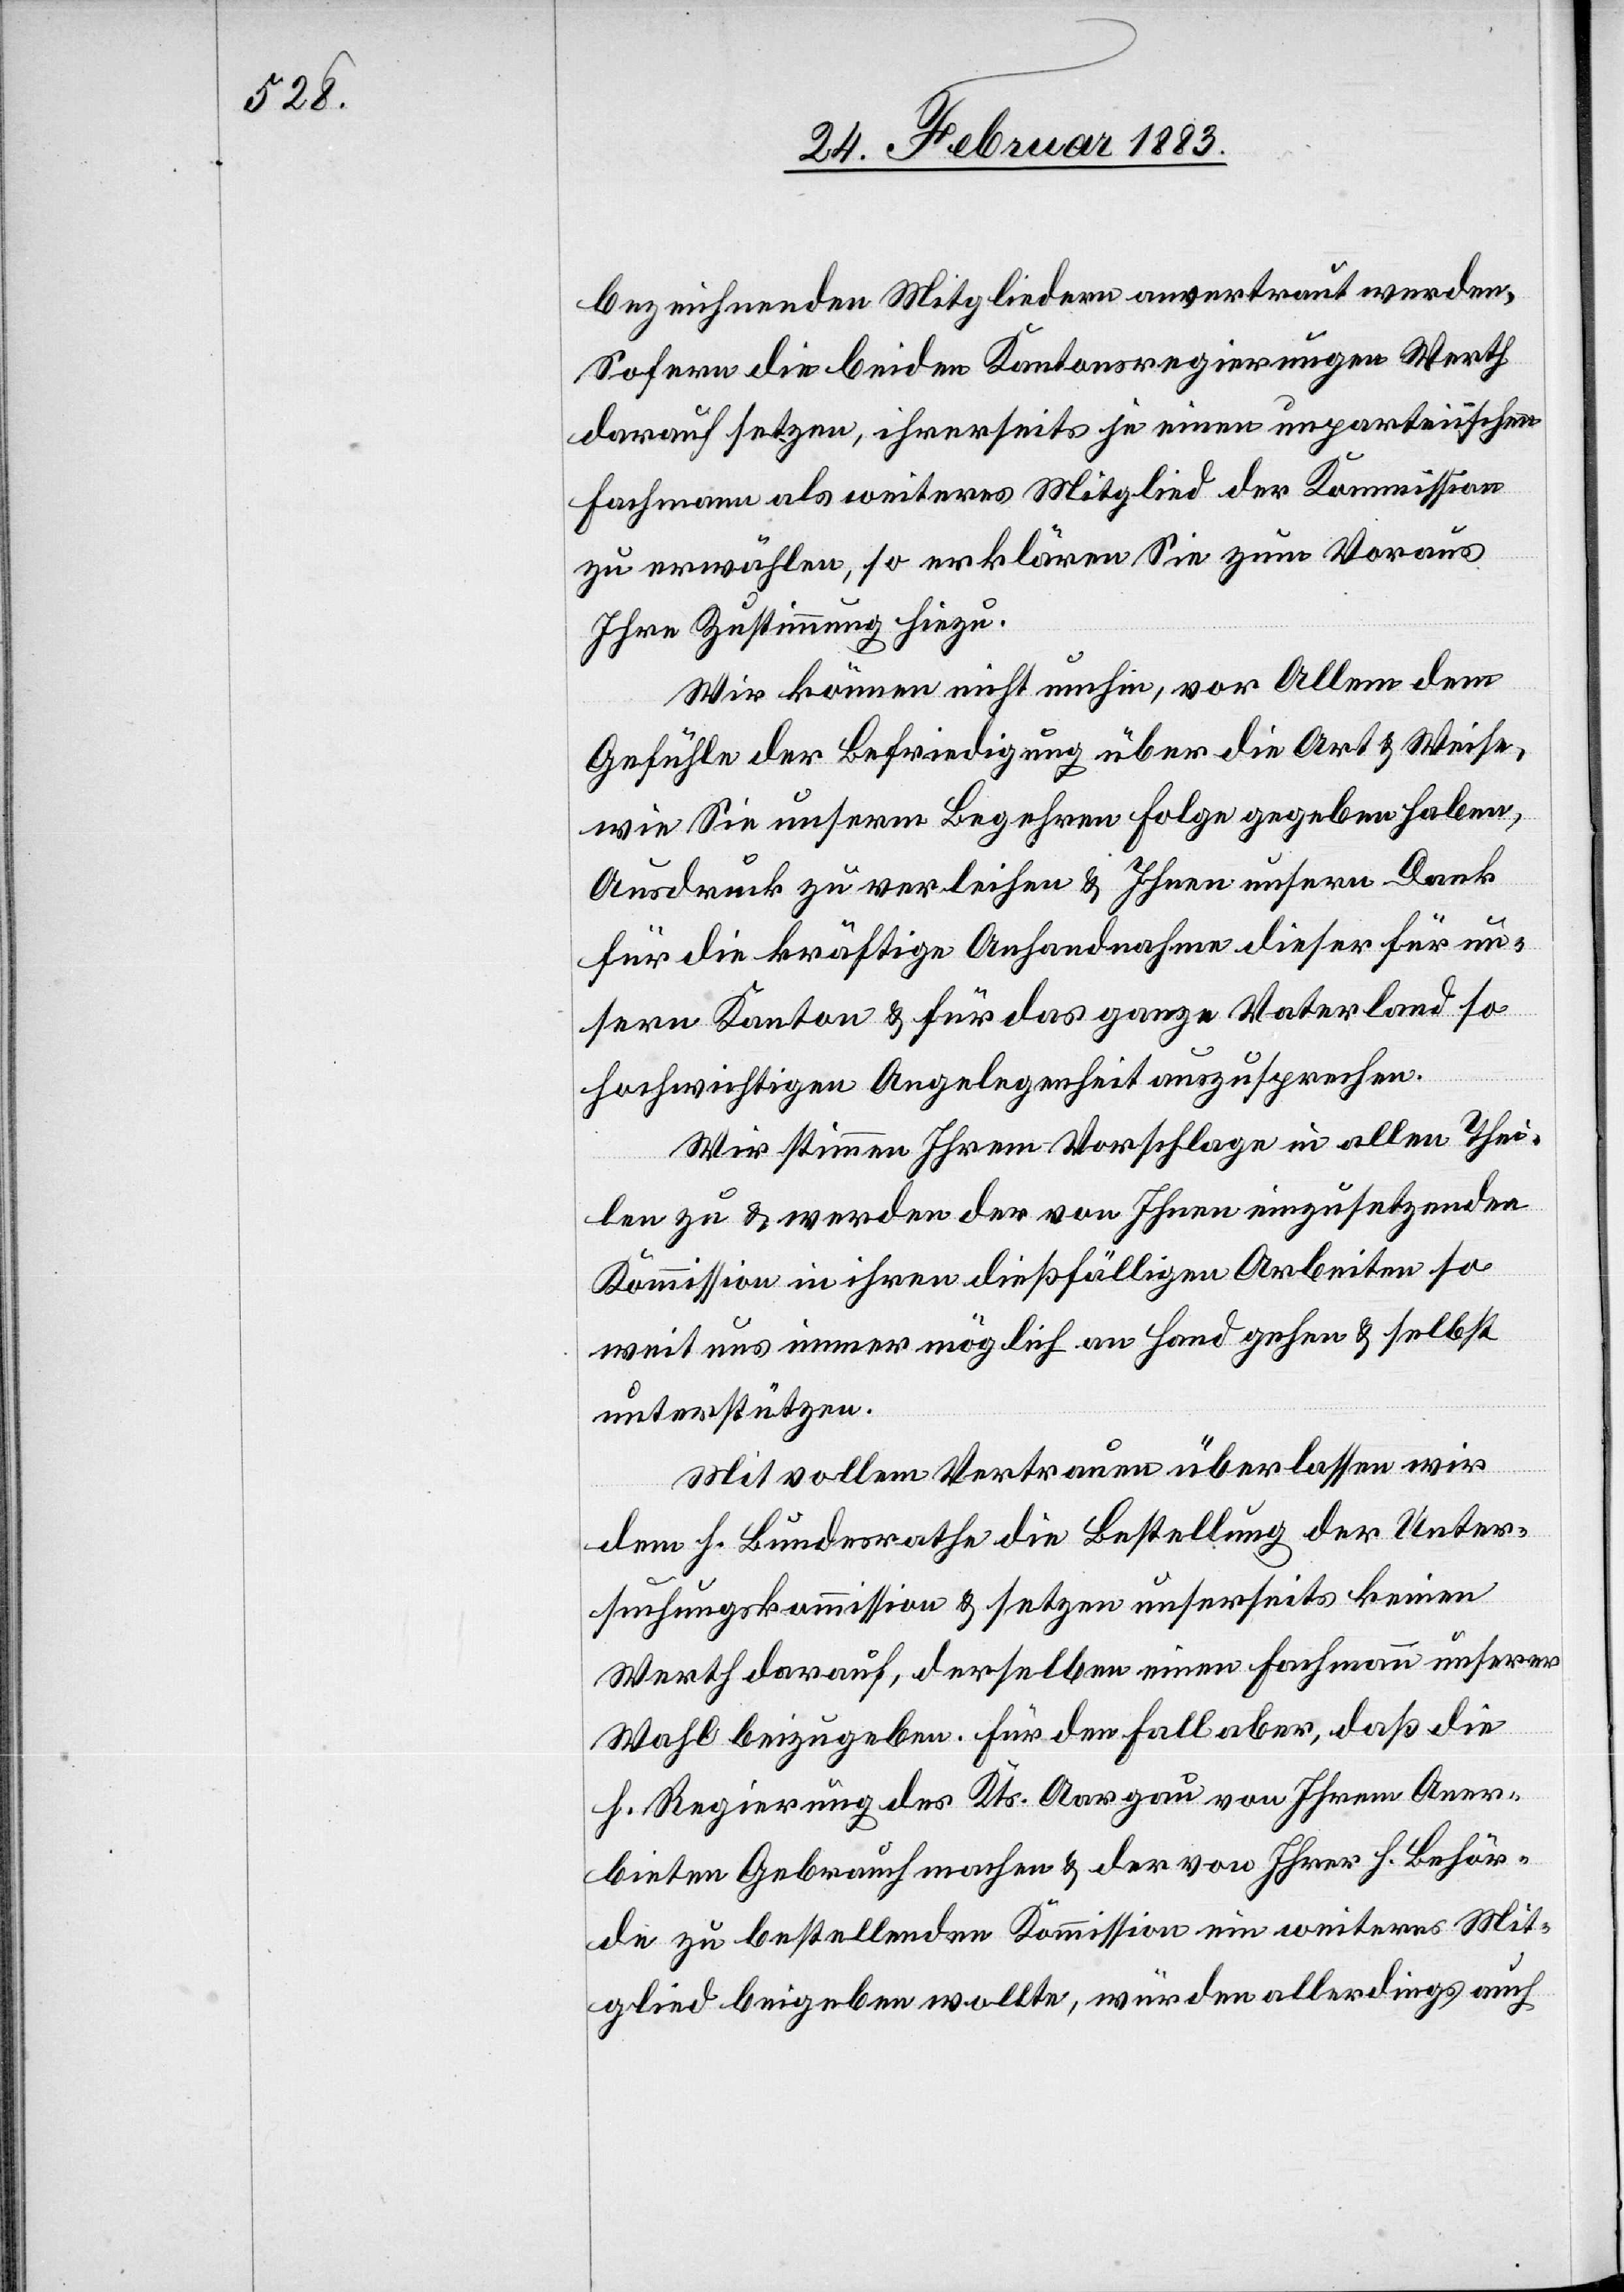
bezeichnenden Mitgliedern anvertraut werden.
Sofern die beiden Kantonsregierungen Werth
darauf setzen, ihrerseits je einen unparteiischen
Fachmann als weiteres Mitglied der Kommission
zu erwählen, so erklären Sie zum Voraus
Ihre Zustimmung hiezu.
Wir können nicht umhin, vor Allem dem
Gefühle der Befriedigung über die Art & Weise,
wie Sie unserm Begehren Folge gegeben haben,
Ausdruck zu verleihen & Ihnen unsern Dank
für die kräftige Anhandnahme dieser für un¬
sern Kanton & für das ganze Vaterland so
hochwichtigen Angelegenheit auszusprechen.
Wir stimmen Ihrem Vorschlage in allen Thei¬
len zu & werden der von Ihnen einzusetzenden
Kommission in ihren dießfälligen Arbeiten so
weit uns immer möglich an Hand gehen & selbst
unterstützen.
Mit vollem Vertrauen überlassen wir
dem h. Bundesrathe die Bestellung der Unter¬
suchungskommission & setzen unserseits keinen
Werth darauf, derselben einen Fachmann unserer
Wahl beizugeben. Für den Fall aber, daß die
h. Regierung des Kts. Aargau von Ihrem Aner¬
bieten Gebrauch machen & der von Ihrer h. Behör¬
de zu bestellenden Kommission ein weiteres Mit¬
glied beigeben wollte, würden allerdings auch